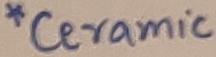
Text: *Ceramic